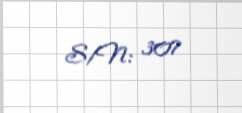
S/N: 307